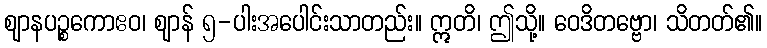
ဈာနပဉ္စကောဧဝ၊ ဈာန် ၅-ပါးအပေါင်းသာတည်း။ ဣတိ၊ ဤသို့။ ဝေဒိတဗ္ဗော၊ သိတတ်၏။